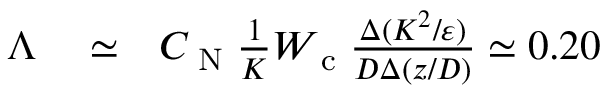
\begin{array} { r l r } { \Lambda } & { { } \simeq } & { C _ { \textrm { N } } \frac { 1 } { K } W _ { \textrm { c } } \frac { \Delta ( K ^ { 2 } / \varepsilon ) } { D \Delta ( z / D ) } \simeq 0 . 2 0 } \end{array}